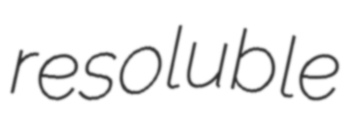
resoluble